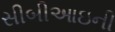
સીબીઆઇની